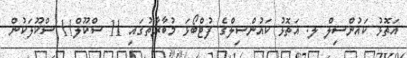
އަތޮޅު ކައުންސިލް ލ. އަތޮޅު ކައުންސިލްގެ ފުޓްބޯޅަ މުބާރާތުގައި 11 ސްކޫލް11 ސްކޫލަކުން